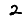
Digit: 2